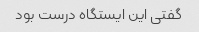
گفتی این ایستگاه درست بود